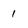
Character: 1